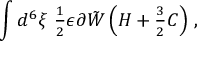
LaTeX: \int d ^ { 6 } \xi \ { \textstyle \frac { 1 } { 2 } } \epsilon \partial \tilde { W } \left( { \cal H } + { \textstyle \frac { 3 } { 2 } } C \right) \, ,